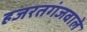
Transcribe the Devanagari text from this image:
हजरतगंजवाले